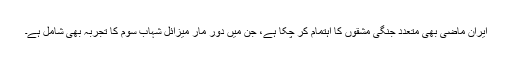
ایران ماضی بھی متعدد جنگی مشقوں کا اہتمام کر چکا ہے، جن میں دُور مار میزائل شہاب سوم کا تجربہ بھی شامل ہے۔